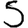
Digit: 5